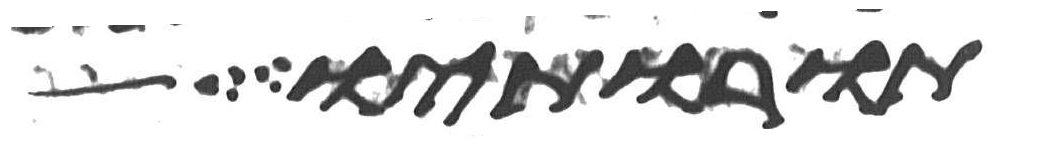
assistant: תורותיו